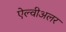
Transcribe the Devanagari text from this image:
ऐल्वीअलर